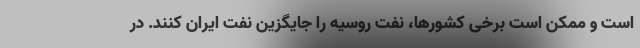
است و ممکن است برخی کشورها، نفت روسیه را جایگزین نفت ایران کنند. در